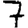
Digit: 7